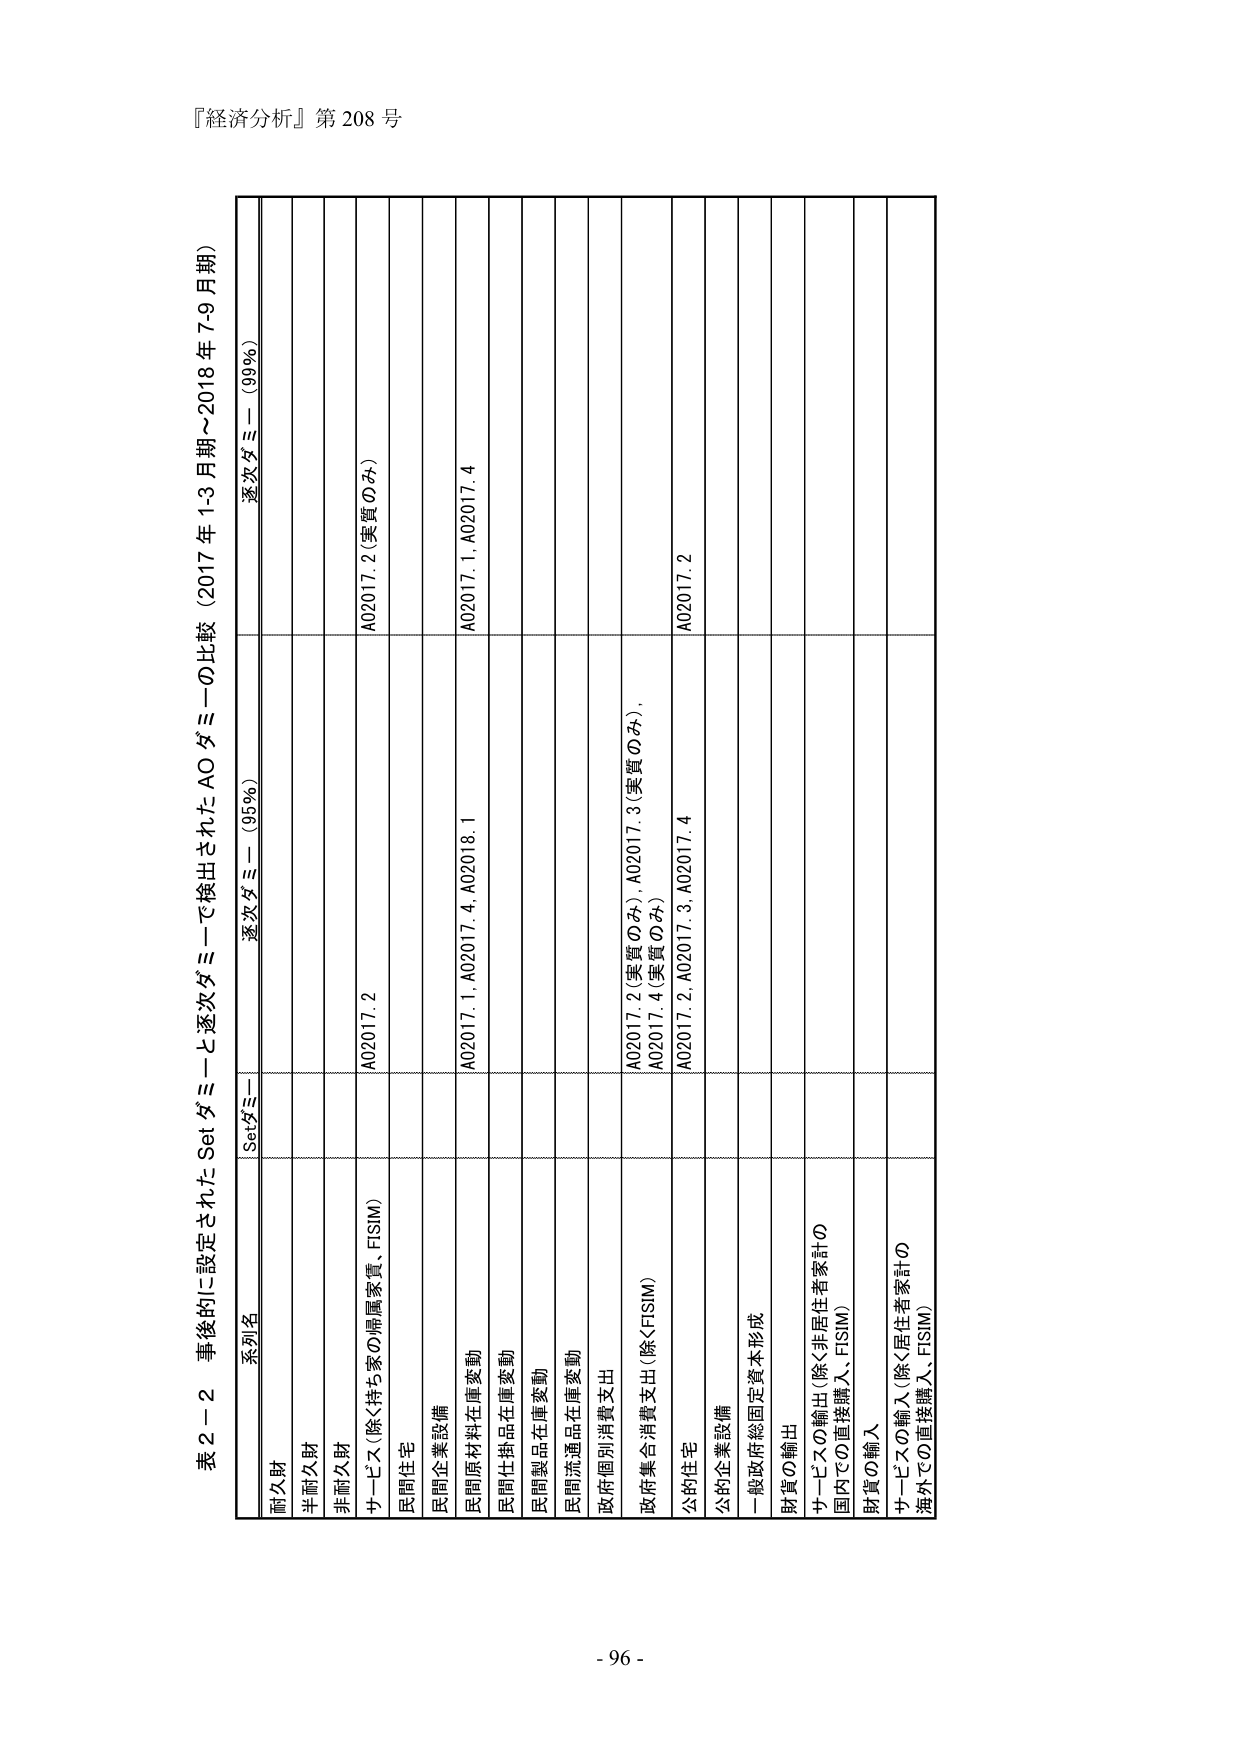
『経済分析』第 208 号

表２－２ 事後的に設定された Set ダミーと逐次ダミーで検出された AO ダミーの比較（2017 年 1-3 月期～2018 年 7-9 月期）

系列名 Setダミー 逐次ダミー（95%） 逐次ダミー（99%）
耐久財
半耐久財
非耐久財
サービス（除く持ち家の帰属家賃、FISIM） A02017.2（実質のみ）
民間住宅
民間企業設備
民間原材料在庫変動 A02017.1、A02017.4、A02018.1 A02017.1、A02017.4
民間仕掛品在庫変動
民間製品在庫変動
民間流通品在庫変動
政府個別消費支出
政府集合消費支出（除くFISIM） A02017.2（実質のみ）、A02017.3（実質のみ）、 A02017.4（実質のみ）
公的住宅 A02017.2、A02017.3、A02017.4 A02017.2
公的企業設備
一般政府総固定資本形成
財貨の輸出
サービスの輸出（除く非居住者家計の 国内での直接購入、FISIM）
財貨の輸入
サービスの輸入（除く居住者家計の 海外での直接購入、FISIM）

- 96 -